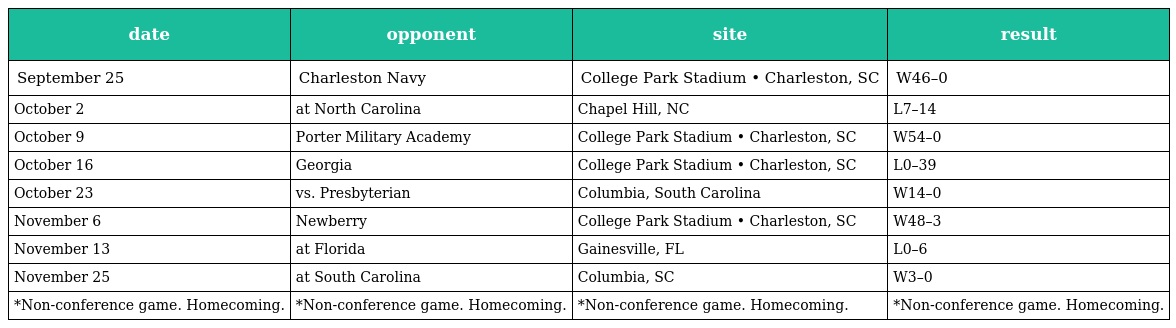
| date | opponent | site | result |
 | --- | --- | --- | --- |
 | September 25 | Charleston Navy | College Park Stadium • Charleston, SC | W46–0 |
 | October 2 | at North Carolina | Chapel Hill, NC | L7–14 |
 | October 9 | Porter Military Academy | College Park Stadium • Charleston, SC | W54–0 |
 | October 16 | Georgia | College Park Stadium • Charleston, SC | L0–39 |
 | October 23 | vs. Presbyterian | Columbia, South Carolina | W14–0 |
 | November 6 | Newberry | College Park Stadium • Charleston, SC | W48–3 |
 | November 13 | at Florida | Gainesville, FL | L0–6 |
 | November 25 | at South Carolina | Columbia, SC | W3–0 |
 | *Non-conference game. Homecoming. | *Non-conference game. Homecoming. | *Non-conference game. Homecoming. | *Non-conference game. Homecoming. |